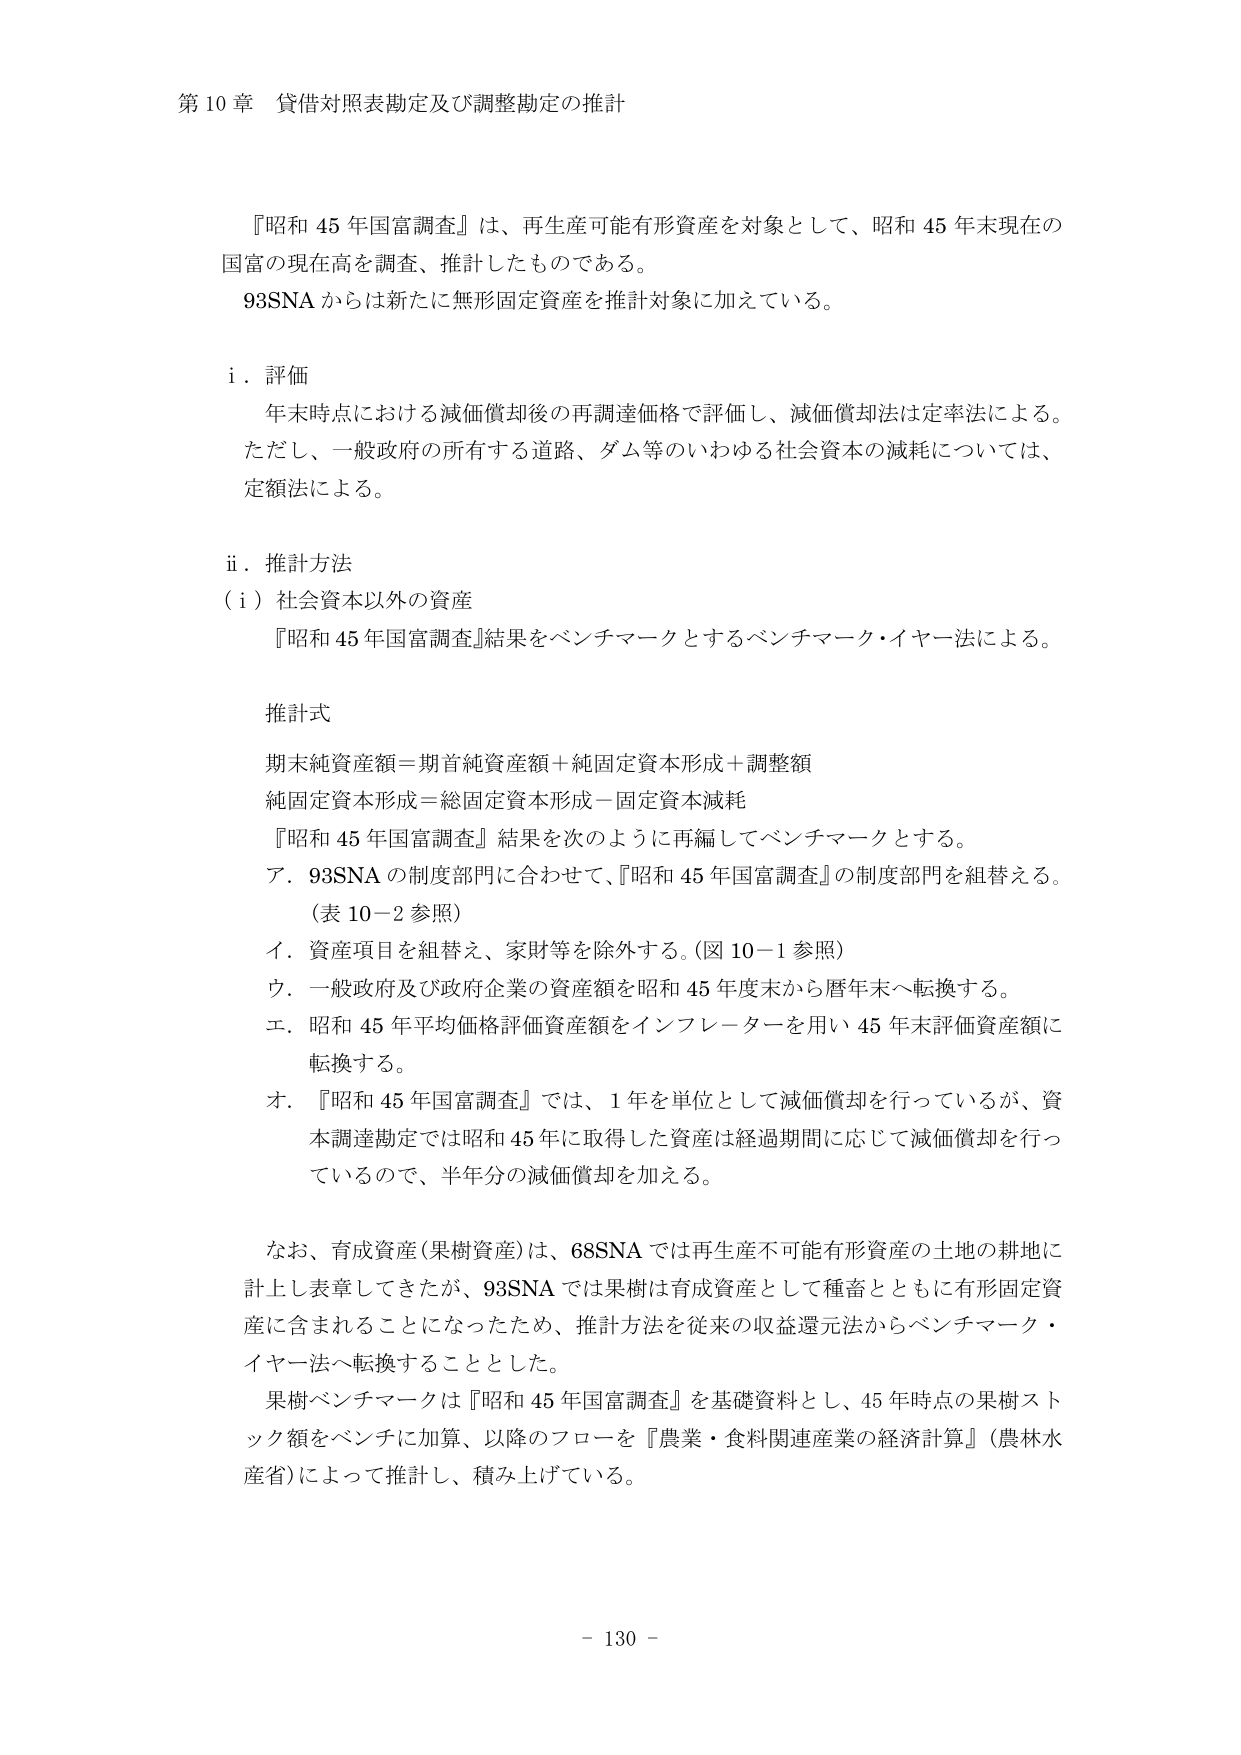
第10章 貸借対照表勘定及び調整勘定の推計

『昭和45年国富調査』は、再生産可能有形資産を対象として、昭和45年末現在の国富の現在高を調査、推計したものである。
93SNAからは新たに無形固定資産を推計対象に加えている。

i．評価
年末時点における減価償却後の再調達価格で評価し、減価償却法は定率法による。
ただし、一般政府の所有する道路、ダム等のいわゆる社会資本の減耗については、定額法による。

ii．推計方法
（i）社会資本以外の資産
『昭和45年国富調査』結果をベンチマークとするベンチマーク・イヤー法による。

推計式
期末純資産額＝期首純資産額＋純固定資本形成＋調整額
純固定資本形成＝総固定資本形成－固定資本減耗
『昭和45年国富調査』結果を次のように再編してベンチマークとする。
ア．93SNAの制度部門に合わせて、『昭和45年国富調査』の制度部門を組替える。
（表10－2参照）
イ．資産項目を組替え、家財等を除外する。（図10－1参照）
ウ．一般政府及び政府企業の資産額を昭和45年度末から暦年末へ転換する。
エ．昭和45年平均価格評価資産額をインフレーターを用い45年末評価資産額に転換する。
オ．『昭和45年国富調査』では、1年を単位として減価償却を行っているが、資本調達勘定では昭和45年に取得した資産は経過期間に応じて減価償却を行っているので、半年分の減価償却を加える。

なお、育成資産（果樹資産）は、68SNAでは再生産不可能有形資産の土地の耕地に計上し表章してきたが、93SNAでは果樹は育成資産として種畜とともに有形固定資産に含まれることになったため、推計方法を従来の収益還元法からベンチマーク・イヤー法へ転換することとした。
果樹ベンチマークは『昭和45年国富調査』を基礎資料とし、45年時点の果樹ストック額をベンチに加算、以降のフローを『農業・食料関連産業の経済計算』（農林水産省）によって推計し、積み上げている。

－130－